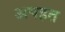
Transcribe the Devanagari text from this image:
अपहत